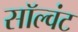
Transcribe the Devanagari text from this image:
सॉल्वंट